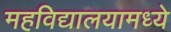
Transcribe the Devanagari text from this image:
महविद्यालयामध्ये